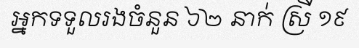
អ្នកទទួលរងចំនួន ៦២ នាក់ ស្រី ១៩